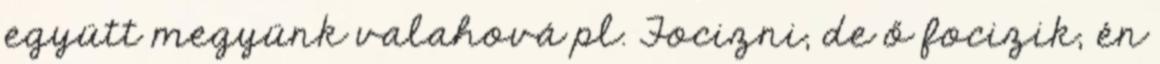
együtt megyünk valahová pl. Focizni, de ő focizik, én